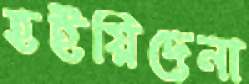
হইয়িদেনা